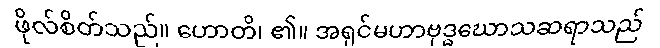
ဖိုလ်စိတ်သည်။ ဟောတိ၊ ၏။ အရှင်မဟာဗုဒ္ဓဃောသဆရာသည်